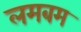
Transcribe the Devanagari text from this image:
लमबम